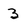
Character: 3